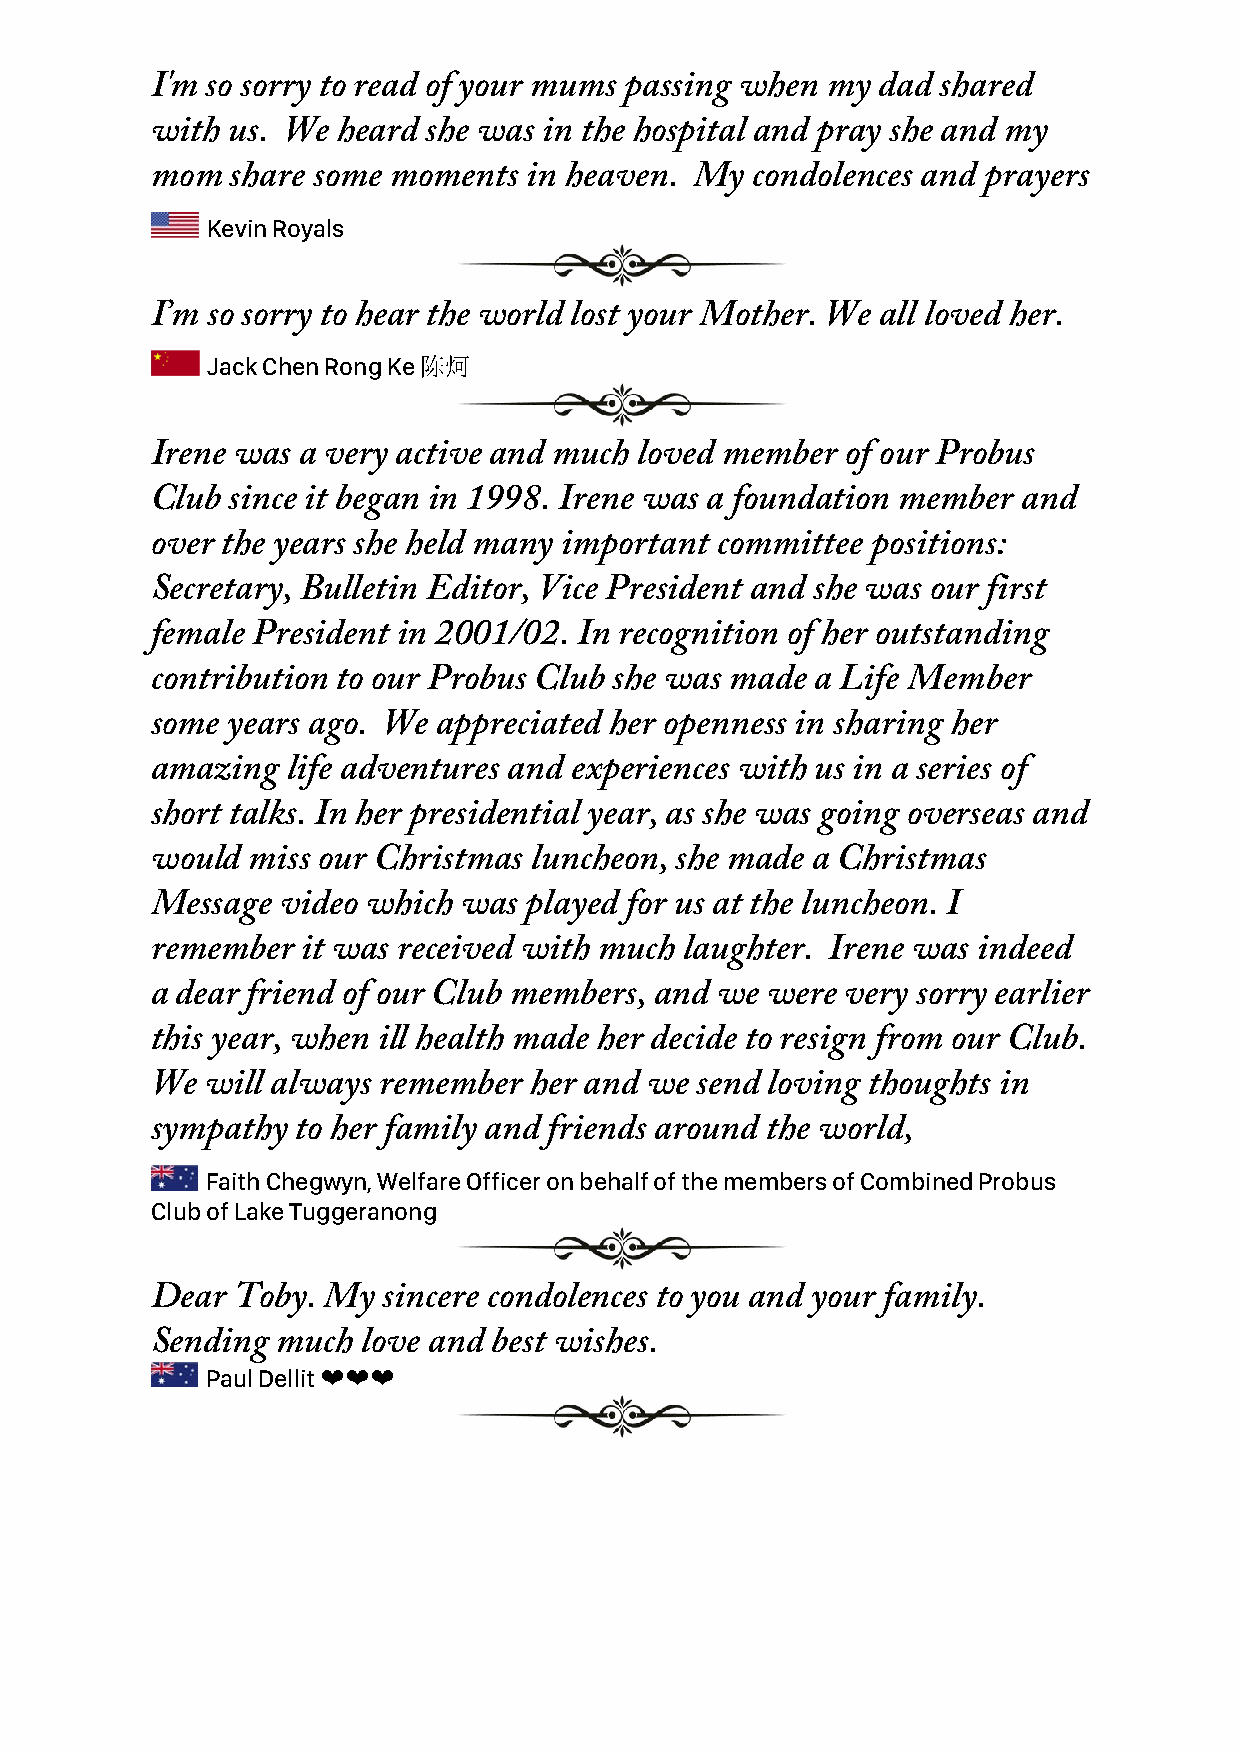
I'm so sorry to read of your mums passing when my dad shared
 with us. We heard she was in the hospital and pray she and my
 mom  share some moments  in heaven. My  condolences and prayers
 Kevin Royals
 I’m so sorry to hear the world lost your Mother. We all loved her.
 Jack Chen Rong Ke 陈炣
 Irene was a very active and much loved member of our Probus
 Club since it began in 1998. Irene was a foundation member and
 over the years she held many important committee positions:
 Secretary, Bulletin Editor, Vice President and she was our first
 female President in 2001/02. In recognition of her outstanding
 contribution to our Probus Club she was made a Life Member
 some years ago. We appreciated her openness in sharing her
 amazing  life adventures and experiences with us in a series of
 short talks. In her presidential year, as she was going overseas and
 would miss our Christmas luncheon, she made a Christmas
 Message  video which was played for us at the luncheon. I
 remember  it was received with much laughter. Irene was indeed
 a dear friend of our Club members, and we were very sorry earlier
 this year, when ill health made her decide to resign from our Club.
 We  will always remember her and we send loving thoughts in
 sympathy  to her family and friends around the world,
 Faith Chegwyn, Welfare Officer on behalf of the members of Combined Probus
 Club of Lake Tuggeranong
 Dear Toby. My  sincere condolences to you and your family.
 Sending much  love and best wishes.
 Paul Dellit ❤❤❤